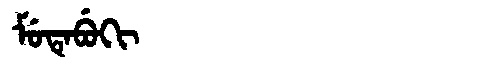
Manchu: ᠮᡠᡨᡝᠪᡠᡴᡳ
Romanization: MUTEBUKI